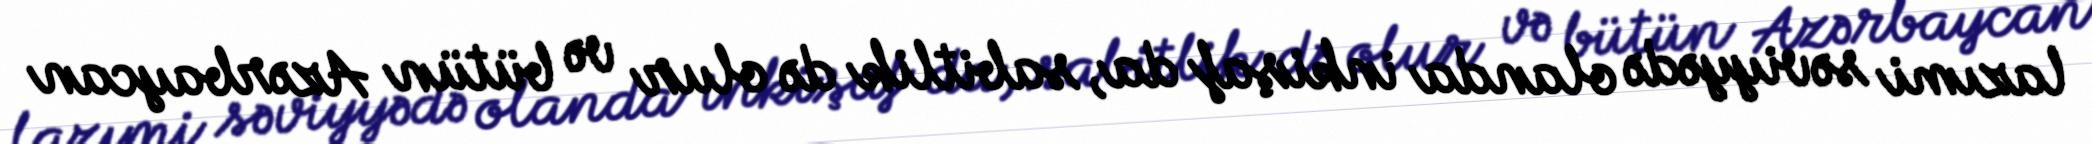
lazımi səviyyədə olanda inkişaf da, sabitlik də olur və bütün Azərbaycan